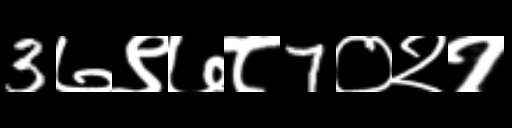
Text: 3७९७८7०२१